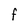
Character: F